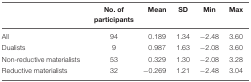
<table><thead><tr><td></td><td><b>No. of participants</b></td><td><b>Mean</b></td><td><b>SD</b></td><td><b>Min</b></td><td><b>Max</b></td></tr></thead><tbody><tr><td>All</td><td>94</td><td>0.189</td><td>1.34</td><td>-2.48</td><td>3.60</td></tr><tr><td>Dualists</td><td>9</td><td>0.987</td><td>1.63</td><td>-2.08</td><td>3.60</td></tr><tr><td>Non-reductive materialists</td><td>53</td><td>0.329</td><td>1.30</td><td>-2.08</td><td>3.28</td></tr><tr><td>Reductive materialists</td><td>32</td><td>-0.269</td><td>1.21</td><td>-2.48</td><td>3.04</td></tr></tbody></table>